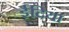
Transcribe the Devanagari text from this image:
ईदिया